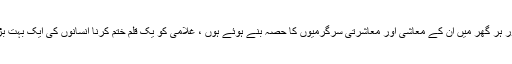
ایسے معاشرے جہاں غلام ہزاروں کی تعداد میں موجود ہوں اور ہر گھر میں ان کے معاشی اور معاشرتی سرگرمیوں کا حصہ بنے ہوئے ہوں ، غلامی کو یک قلم ختم کرنا انسانوں کی ایک بہت بڑی تعداد کو بے سہارا اور بے گھر کر دینے کے مترادف تھا۔